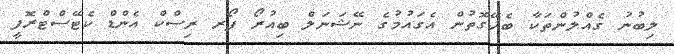
ލިބުނު ގެއްލުންތަކާ ބެހޭގޮތުން އެގައުމުގެ ނޭޝަނަލް ބިއުރޯ ފޯރ ރިސްކް އެންޑް ކެޓޭސްޓްރޮފީ